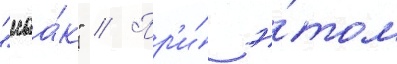
"маа́к" // Пр'и́ э́том